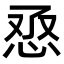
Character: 𢙎